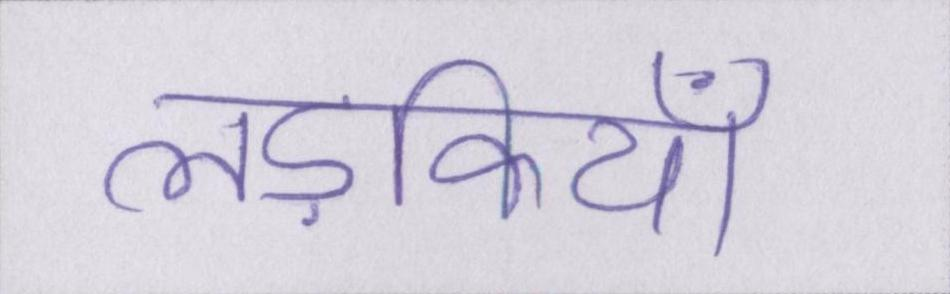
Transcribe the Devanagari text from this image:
लड़कियाँ